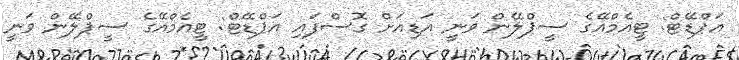
އަޕްޑޭޓް: ޓީއެމްއޭގެ ސީޕްލޭން ވަނީ އަޑިއަށް ގޮސްފައި އަޕްޑޭޓް: ޓީއެމްއޭގެ ސީޕްލޭން ވަނީ